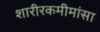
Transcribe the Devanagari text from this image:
शारीरकमीमांसा